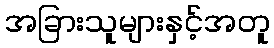
အခြားသူများနှင့်အတူ